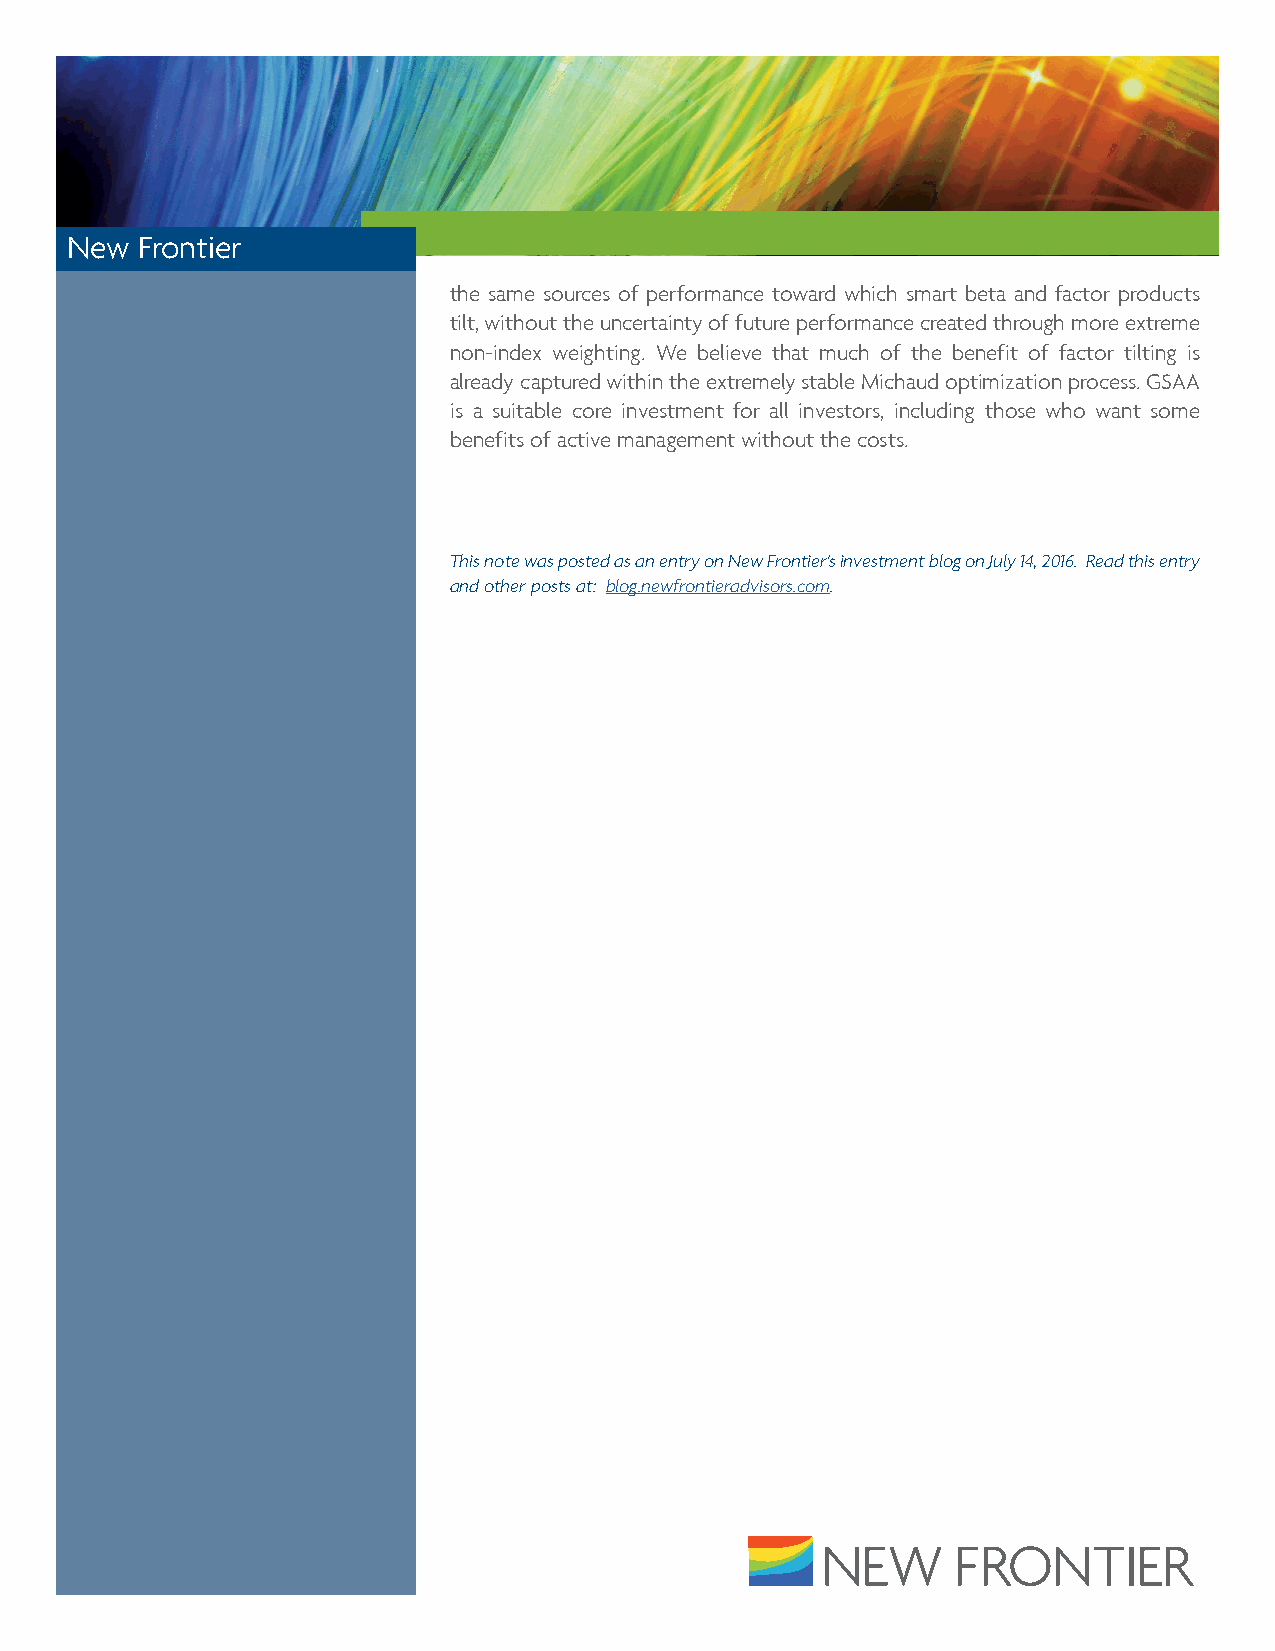
New  Frontier
 the same sources of performance toward which smart beta and factor products
 tilt, without the uncertainty of future performance created through more extreme
 non-index weighting. We believe that much of the benefit of factor tilting is
 already captured within the extremely stable Michaud optimization process. GSAA
 is a suitable core investment for all investors, including those who want some
 benefits of active management without the costs.
 This note was posted as an entry on New Frontier's investment blog on July 14, 2016. Read this entry
 and other posts at: blog.newfrontieradvisors.com.